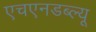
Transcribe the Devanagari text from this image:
एचएनडब्ल्यू